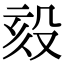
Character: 㱾